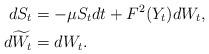
LaTeX: \begin{align*}dS_t&=-\mu S_t dt +F^2(Y_t)dW_t,\\d\widetilde W_t&=dW_t.\end{align*}